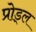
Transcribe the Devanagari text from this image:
प्रोड्ल